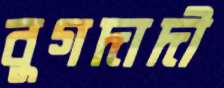
বুগদাদী